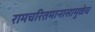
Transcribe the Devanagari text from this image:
रामचरितमानासामुळेच